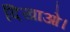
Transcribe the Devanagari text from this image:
दिखाओ।